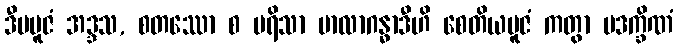
ဒီပပူဇံ အဒ္ဒသ, စတဿော စ ပရိသာ မာလာဂန္ဓာဒီဟိ စေတိယပူဇံ ကတွာ ပဒက္ခိဏံ